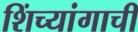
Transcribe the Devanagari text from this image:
शिंच्यांगाची